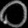
Digit: ၀